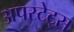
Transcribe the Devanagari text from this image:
अपस्टेट्स